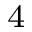
^ { 4 }